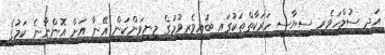
އަދި ސުލްހަވެރި ސިޔާސީ ހަރަކާތްތަކުގައި ބައިވެރިވުމުގެ މިނިވަންކަން އޭނާ އަށް އޮންނާނެ ކަމުގެ